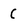
Character: c